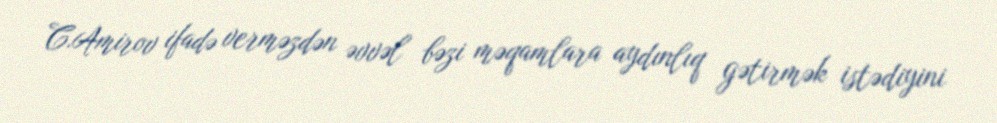
C.Amirov ifadə verməzdən əvvəl bəzi məqamlara aydınlıq gətirmək istədiyini